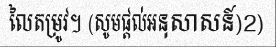
លៃតម្រូវ។ (សូមផ្តល់អនុសាសន៍)2)